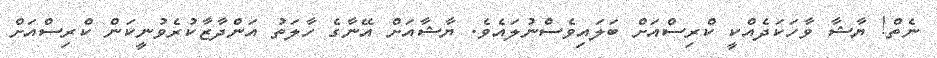
ނެތް! ޔާޝާ ވާހަކަދެއްކީ ކްރިސްއަށް ބަލައިވެސްނުލައެވެ. ޔާޝާއަށް އޭނާގެ ހާލަތު އަންދާޒާކުރެވުނީކަން ކްރިސްއަށް